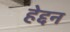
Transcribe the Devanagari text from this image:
हेद्दन